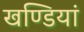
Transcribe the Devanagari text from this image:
खण्डियां